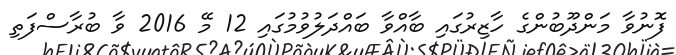
ފޮނުވާ މަންދޫބުންގެ ހާޒިރުގައި ބާއްވާ ބައްދަލުވުމުގައި 12 މޭ 2016 ވާ ބުރާސްފަތި